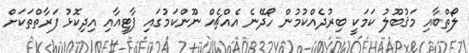
ލޯތްބާއި މަޤުބޫލު ކަމަކީ ބިރުދެއްކުމުން ހޯދޭނެ އެއްޗެއް ނޫންކަމުގައި ޕާޓީއާއި އިދިކޮޅު ފަރާތްތަކަށް